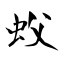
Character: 蚥